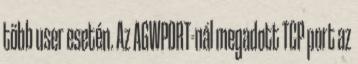
több user esetén. Az AGWPORT-nál megadott TCP port az